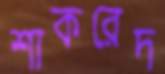
শাকরেদ